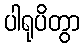
ပါရုပိတွာ